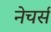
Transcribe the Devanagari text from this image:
नेचर्स